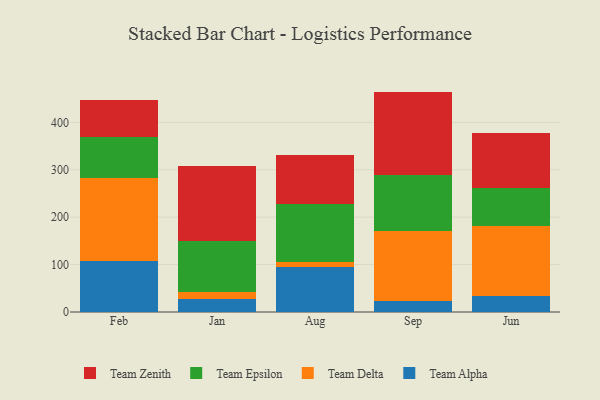
{"axis": {"x": "Month", "y": "Budget (USD K)"}, "legend": ["Team Alpha", "Team Delta", "Team Epsilon", "Team Zenith"], "data": [{"x": "Feb", "y": 106.7, "type": "Team Alpha"}, {"x": "Feb", "y": 177.0, "type": "Team Delta"}, {"x": "Feb", "y": 86.1, "type": "Team Epsilon"}, {"x": "Feb", "y": 78.4, "type": "Team Zenith"}, {"x": "Jan", "y": 26.7, "type": "Team Alpha"}, {"x": "Jan", "y": 15.7, "type": "Team Delta"}, {"x": "Jan", "y": 107.5, "type": "Team Epsilon"}, {"x": "Jan", "y": 157.9, "type": "Team Zenith"}, {"x": "Aug", "y": 94.9, "type": "Team Alpha"}, {"x": "Aug", "y": 10.5, "type": "Team Delta"}, {"x": "Aug", "y": 123.5, "type": "Team Epsilon"}, {"x": "Aug", "y": 103.0, "type": "Team Zenith"}, {"x": "Sep", "y": 22.5, "type": "Team Alpha"}, {"x": "Sep", "y": 149.2, "type": "Team Delta"}, {"x": "Sep", "y": 117.1, "type": "Team Epsilon"}, {"x": "Sep", "y": 176.2, "type": "Team Zenith"}, {"x": "Jun", "y": 34.7, "type": "Team Alpha"}, {"x": "Jun", "y": 147.2, "type": "Team Delta"}, {"x": "Jun", "y": 80.1, "type": "Team Epsilon"}, {"x": "Jun", "y": 116.6, "type": "Team Zenith"}]}